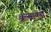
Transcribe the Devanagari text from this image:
वून्साकेत